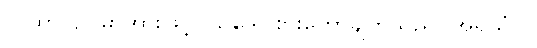
ယထာ၊ ဥပမာအားဖြင့်။ သူဒေါ၊ စားတော်ချက်သည်။ အရသံဝါ၊